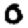
Digit: 0